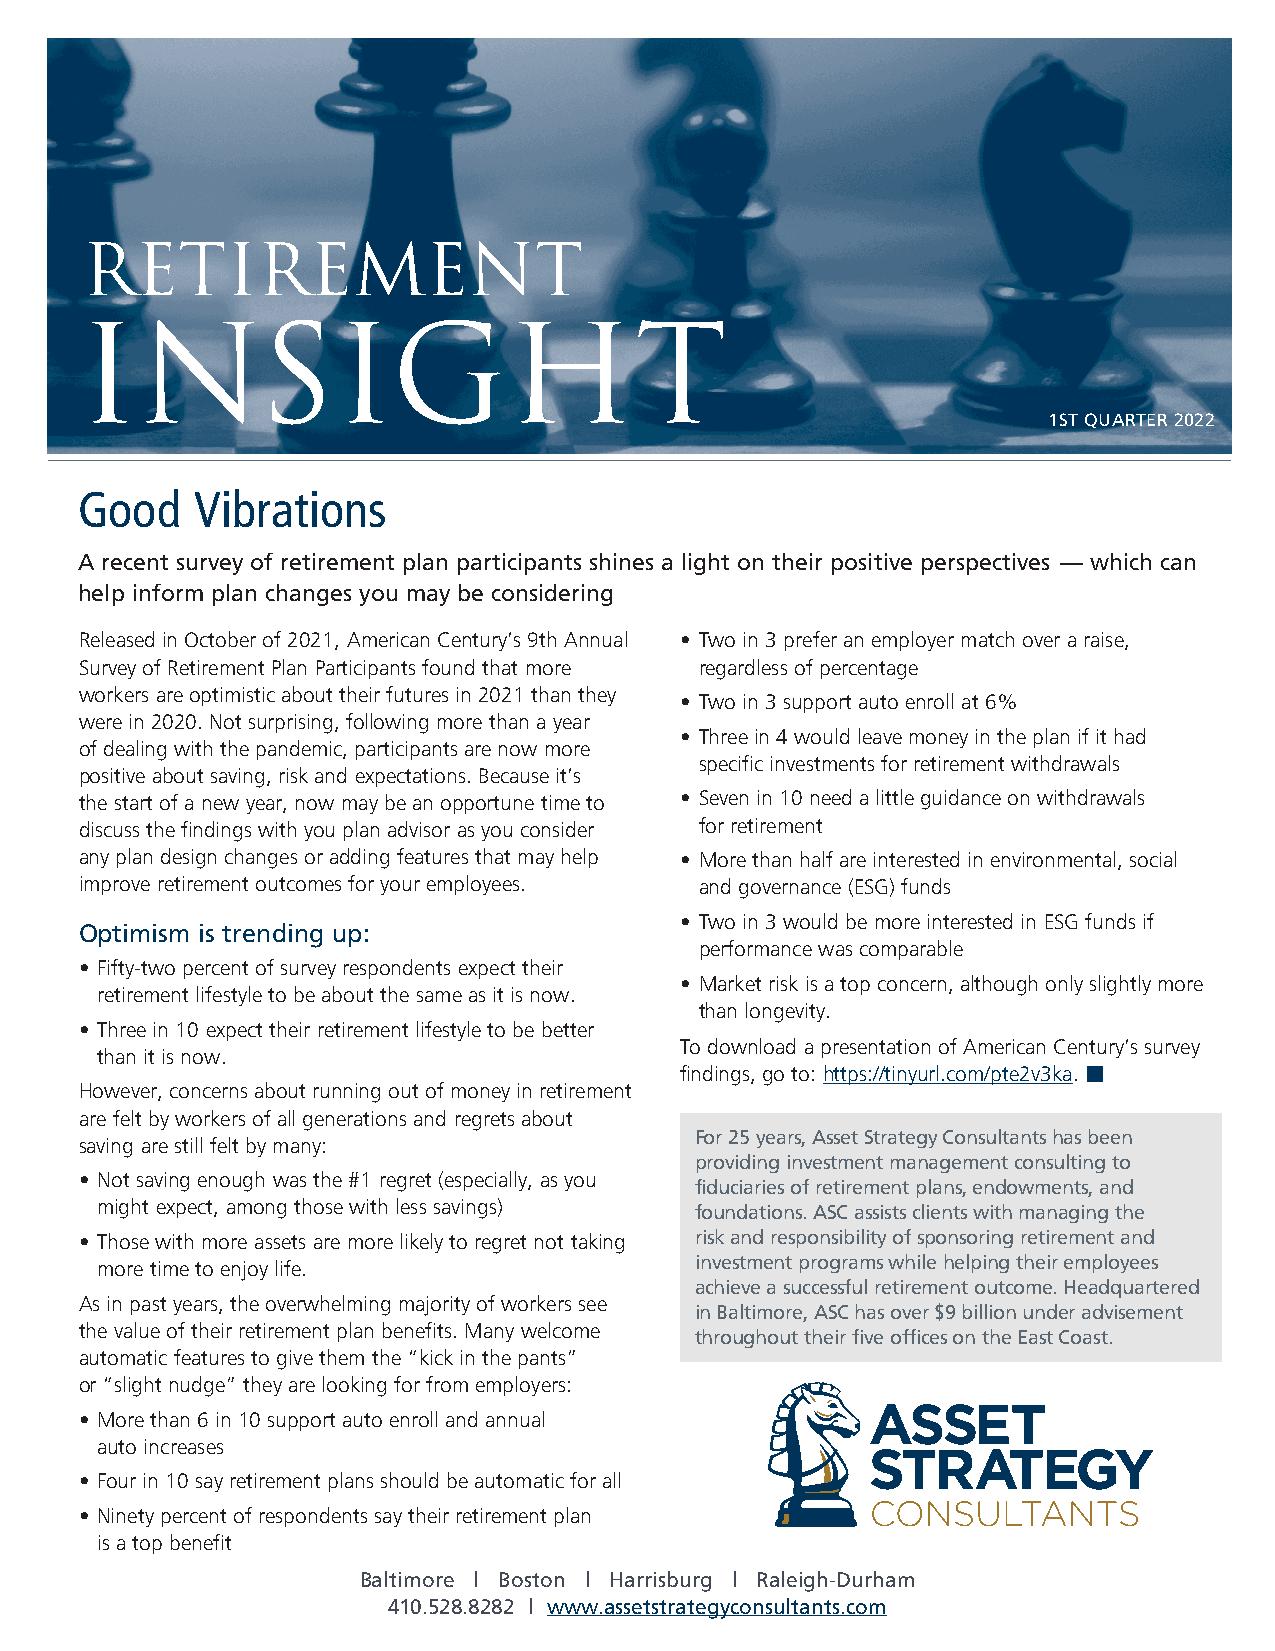
Retirement
 insight
 1ST QUARTER 2022
 Good    Vibrations
 A recent survey of retirement plan participants shines a light on their positive perspectives — which can
 help inform plan changes you may be considering
 Released in October of 2021, American Century’s 9th Annual • Two in 3 prefer an employer match over a raise,
 Survey of Retirement Plan Participants found that more regardless of percentage
 workers are optimistic about their futures in 2021 than they
 • Two in 3 support auto enroll at 6%
 were in 2020. Not surprising, following more than a year
 • Three in 4 would leave money in the plan if it had
 of dealing with the pandemic, participants are now more
 specific investments for retirement withdrawals
 positive about saving, risk and expectations. Because it’s
 the start of a new year, now may be an opportune time to • Seven in 10 need a little guidance on withdrawals
 discuss the findings with you plan advisor as you consider for retirement
 any plan design changes or adding features that may help • More than half are interested in environmental, social
 improve retirement outcomes for your employees. and governance (ESG) funds
 • Two in 3 would be more interested in ESG funds if
 Optimism is trending up:
 performance was comparable
 • Fifty-two percent of survey respondents expect their
 • Market risk is a top concern, although only slightly more
 retirement lifestyle to be about the same as it is now.
 than longevity.
 • Three in 10 expect their retirement lifestyle to be better
 To download a presentation of American Century’s survey
 than it is now.
 findings, go to: https://tinyurl.com/pte2v3ka.
 However, concerns about running out of money in retirement
 are felt by workers of all generations and regrets about
 For 25 years, Asset Strategy Consultants has been
 saving are still felt by many:
 providing investment management consulting to
 • Not saving enough was the #1 regret (especially, as you
 fiduciaries of retirement plans, endowments, and
 might expect, among those with less savings) foundations. ASC assists clients with managing the
 • Those with more assets are more likely to regret not taking risk and responsibility of sponsoring retirement and
 more time to enjoy life.                investment programs while helping their employees
 achieve a successful retirement outcome. Headquartered
 As in past years, the overwhelming majority of workers see
 in Baltimore, ASC has over $9 billion under advisement
 the value of their retirement plan benefits. Many welcome
 throughout their five offices on the East Coast.
 automatic features to give them the “kick in the pants”
 or “slight nudge” they are looking for from employers:
 • More than 6 in 10 support auto enroll and annual
 auto increases
 • Four in 10 say retirement plans should be automatic for all
 • Ninety percent of respondents say their retirement plan
 is a top benefit
 Baltimore l Boston l Harrisburg l Raleigh-Durham
 410.528.8282 l www.assetstrategyconsultants.com